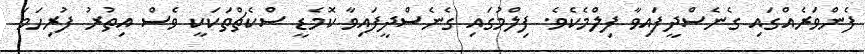
ފެންވަރެއްގައި ގެނެސްދީފައިވާ ފިލްމެކެވެ. ފިލްމުގައި ގެނެސްދީފައިވާ ކޮމެޑީ ސްކެޗްތަކަކީ ވެސް އިތުރު ފުރިހަމަ